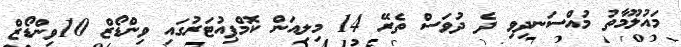
މައުލޫމާތު މުއްސަނދިވި ދެ ދުވަސް ތެރޭ 14 މިލިއަން ކޮމްޕިއުޓަރުގައި ވިންޑޯޒް 10ވިންޑޯޒް